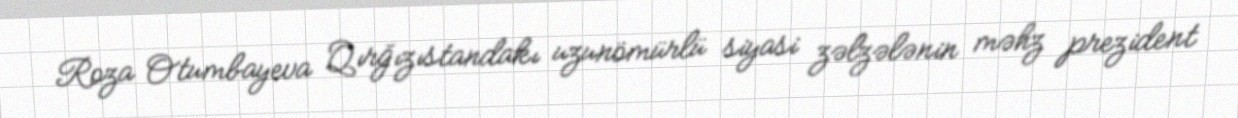
Roza Otumbayeva Qırğızıstandakı uzunömürlü siyasi zəlzələnin məhz prezident